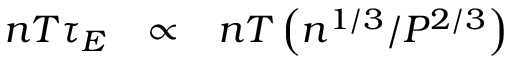
\begin{array} { l l l } { n T \tau _ { E } } & { \propto } & { n T \left( n ^ { 1 / 3 } / P ^ { 2 / 3 } \right) } \end{array}